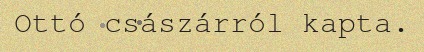
Ottó császárról kapta.